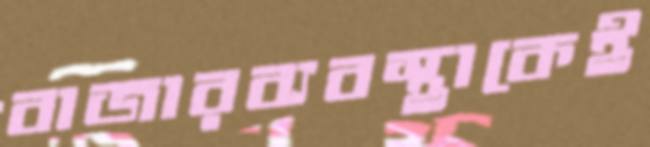
বাজারব্যবস্থাকেই